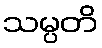
သမ္ပတိ